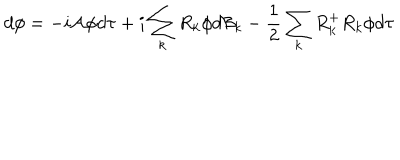
d \phi = - i { \cal A } \phi d \tau + i \sum _ { k } R _ { k } \phi d { \cal B } _ { k } - \frac { 1 } { 2 } \sum _ { k } R _ { k } ^ { + } R _ { k } \phi d \tau